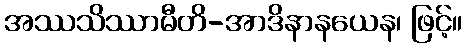
အဿသိဿာမီတိ-အာဒိနာနယေန၊ ဖြင့်။